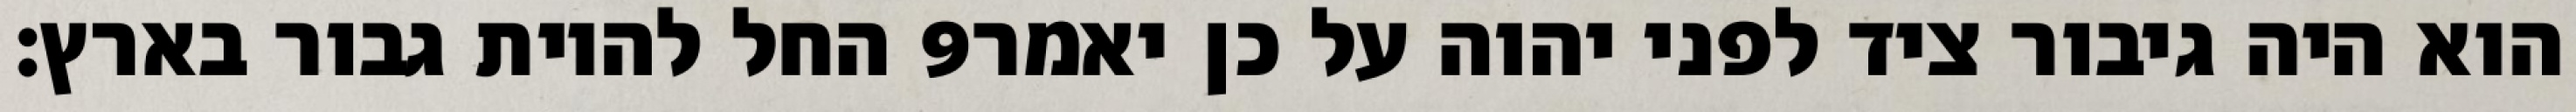
החל להיות גבור בארץ׃ ‎9‏ הוא היה גיבור ציד לפני יהוה על כן יאמר